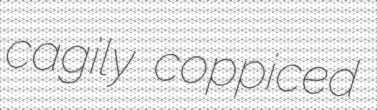
cagily coppiced